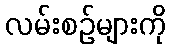
လမ်းစဉ်များကို